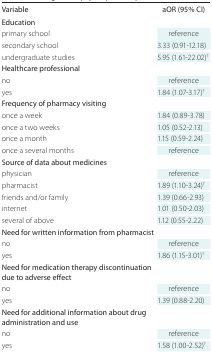
| Variable | aOR (95% CI) |
 | --- | --- |
 | Education |  |
 | primary school | reference |
 | secondary school | 3.33 (0.91-12.18) |
 | undergraduate studies | 5.95 (1.61-22.02)† |
 | <COLSPAN=2> Healthcare professional |
 | no | reference |
 | yes | 1.84 (1.07-3.17)† |
 | <COLSPAN=2> Frequency of pharmacy visiting |
 | once a week | 1.84 (0.89-3.78) |
 | once a two weeks | 1.05 (0.52-2.13) |
 | once a month | 1.15 (0.59-2.24) |
 | once a several months | reference |
 | <COLSPAN=2> Source of data about medicines |
 | physician | reference |
 | pharmacist | 1.89 (1.10-3.24)† |
 | friends and/or family | 1.39 (0.66-2.93) |
 | internet | 1.01 (0.50-2.03) |
 | several of above | 1.12 (0.55-2.22) |
 | <COLSPAN=2> Need for written information from pharmacist |
 | no | reference |
 | yes | 1.86 (1.15-3.01)† |
 | <COLSPAN=2> Need for medication therapy discontinuation due to adverse effect |
 | no | reference |
 | yes | 1.39 (0.88-2.20) |
 | <COLSPAN=2> Need for additional information about drug administration and use |
 | no | reference |
 | yes | 1.58 (1.00-2.52)† |